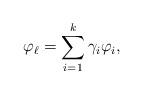
LaTeX: \begin{align*}\varphi_{\ell} = \sum_{i=1}^{k} \gamma_i \varphi_i,\end{align*}